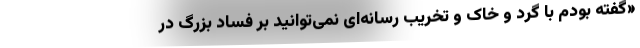
«گفته بودم با گرد و خاک و تخریب رسانه‌ای نمی‌توانید بر فساد بزرگ در